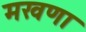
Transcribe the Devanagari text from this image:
मखणा